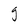
Character: g